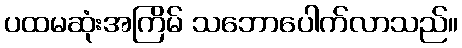
ပထမဆုံးအကြိမ် သဘောပေါက်လာသည်။